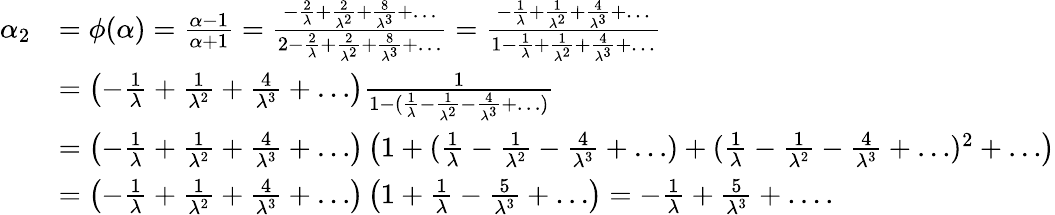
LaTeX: \begin{array}{rl}{\alpha_{2}}&{=\phi(\alpha)=\frac{\alpha-1}{\alpha+1}=\frac{-\frac{2}{\lambda}+\frac{2}{\lambda^{2}}+\frac{8}{\lambda^{3}}+\dots}{2-\frac{2}{\lambda}+\frac{2}{\lambda^{2}}+\frac{8}{\lambda^{3}}+\dots}=\frac{-\frac{1}{\lambda}+\frac{1}{\lambda^{2}}+\frac{4}{\lambda^{3}}+\dots}{1-\frac{1}{\lambda}+\frac{1}{\lambda^{2}}+\frac{4}{\lambda^{3}}+\dots}}\\ &{=\left(-\frac{1}{\lambda}+\frac{1}{\lambda^{2}}+\frac{4}{\lambda^{3}}+\dots\right)\frac{1}{1-(\frac{1}{\lambda}-\frac{1}{\lambda^{2}}-\frac{4}{\lambda^{3}}+\dots)}}\\ &{=\left(-\frac{1}{\lambda}+\frac{1}{\lambda^{2}}+\frac{4}{\lambda^{3}}+\dots\right)\left(1+(\frac{1}{\lambda}-\frac{1}{\lambda^{2}}-\frac{4}{\lambda^{3}}+\dots)+(\frac{1}{\lambda}-\frac{1}{\lambda^{2}}-\frac{4}{\lambda^{3}}+\dots)^{2}+\dots\right)}\\ &{=\left(-\frac{1}{\lambda}+\frac{1}{\lambda^{2}}+\frac{4}{\lambda^{3}}+\dots\right)\left(1+\frac{1}{\lambda}-\frac{5}{\lambda^{3}}+\dots\right)=-\frac{1}{\lambda}+\frac{5}{\lambda^{3}}+\dots.}\end{array}